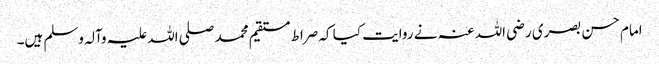
امام حسن بصری رضی اللہ عنہ نے روایت کیا کہ صراط مستقیم محمد صلی اللہ علیہ وآلہ وسلم ہیں۔